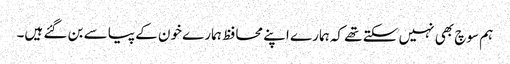
ہم سوچ بھی نہیں سکتے تھے کہ ہمارے اپنے محافظ ہمارے خون کے پیاسے بن گئے ہیں۔